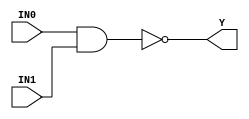
//------------------------------------------------------
// Copyright 1992, 1993 Cascade Design Automation Corporation.
//------------------------------------------------------
module dpnand2(IN0,IN1,Y);
  parameter BIT = 0;
  parameter COLINST = "0";
  parameter GROUP = "dpath1";
  parameter
        d_IN0_r = 0,
        d_IN0_f = 0,
        d_IN1_r = 0,
        d_IN1_f = 0,
        d_Y_r = 1,
        d_Y_f = 1;
  input  IN0;
  input  IN1;
  output  Y;
  wire  IN0_temp;
  wire  IN1_temp;
  reg  Y_temp;
  assign #(d_IN0_r,d_IN0_f) IN0_temp = IN0;
  assign #(d_IN1_r,d_IN1_f) IN1_temp = IN1;
  assign #(d_Y_r,d_Y_f) Y = Y_temp;
  always
    @(IN0_temp or IN1_temp)
      Y_temp = ( ~ (IN0_temp & IN1_temp));
endmodule